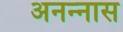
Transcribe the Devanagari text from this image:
अनन्‍नास